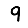
Digit: 9